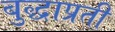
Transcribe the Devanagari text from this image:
बुद्धाप्रती